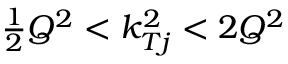
\textstyle { \frac { 1 } { 2 } } Q ^ { 2 } < k _ { T j } ^ { 2 } < 2 Q ^ { 2 }